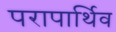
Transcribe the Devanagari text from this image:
परापार्थिव